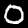
Digit: 0